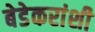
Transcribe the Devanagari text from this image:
बेडेकरांशी